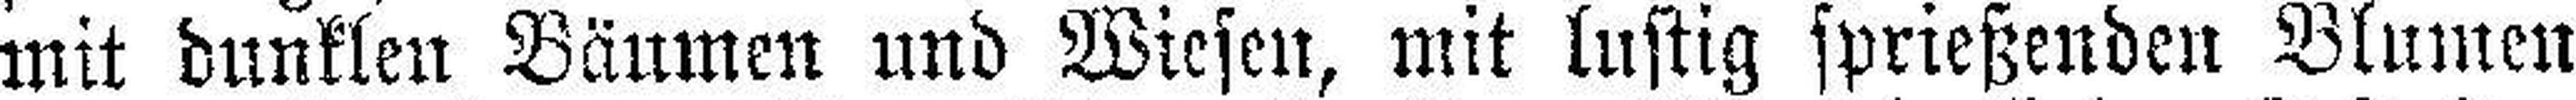
mit dunklen Bäumen und Wiesen, mit lustig sprießenden Blumen